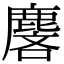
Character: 麐